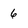
Character: 6